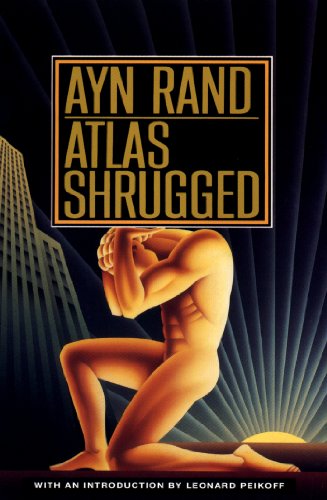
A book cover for Atlas Shrugged; Ayn Rand; Science Fiction & Fantasy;